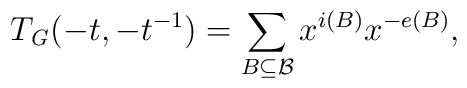
T_{\mathit{G}}(-t,-t^{-1})=\sum_{B\subseteq \mathcal{B}}x^{i(B)}x^{-e(B)},